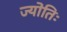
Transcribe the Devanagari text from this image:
ज्योतिः